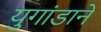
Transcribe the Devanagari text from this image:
युगांडाने